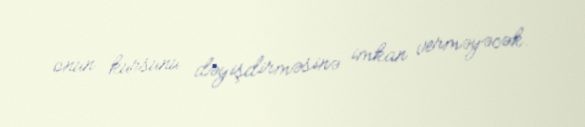
onun kursunu dəyişdirməsinə imkan verməyəcək.